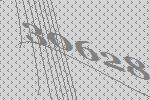
30628